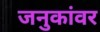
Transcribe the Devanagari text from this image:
जनुकांवर